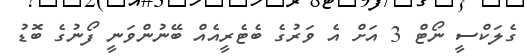
ގެލަކްސީ ނޯޓް 3 އަށް އެ ވަރުގެ ބެޓެރީއެއް ބޭނުންވަނީ ފޯނުގެ ބޮޑު